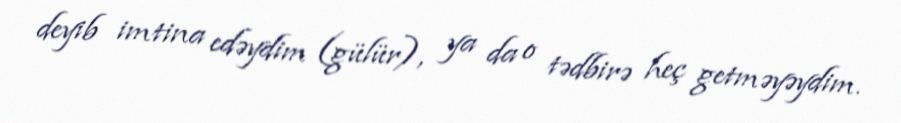
deyib imtina edəydim (gülür), ya da o tədbirə heç getməyəydim.